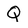
Character: Q